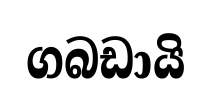
ගබඩායි